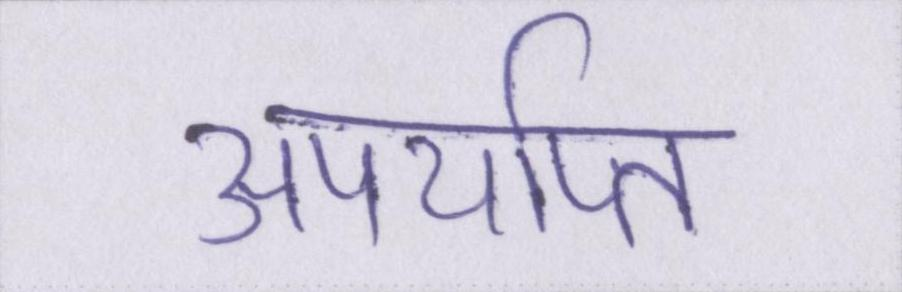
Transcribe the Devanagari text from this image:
अपर्याप्त